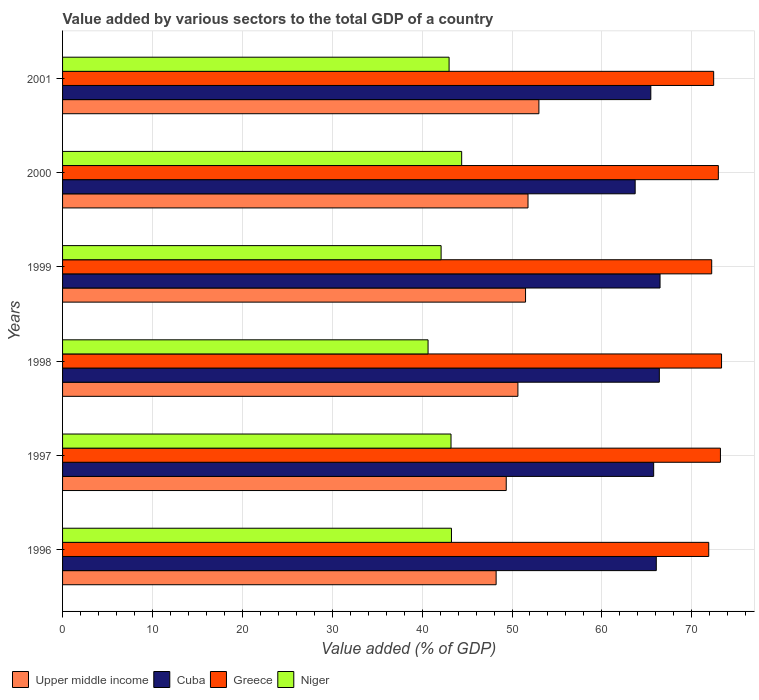
| Years | Upper middle income | Cuba | Greece | Niger |
 | --- | --- | --- | --- | --- |
 | 1996 | 48.2 | 66.1 | 71.9 | 43.3 |
 | 1997 | 49.4 | 65.8 | 73.2 | 43.2 |
 | 1998 | 50.7 | 66.4 | 73.3 | 40.7 |
 | 1999 | 51.5 | 66.5 | 72.2 | 42.1 |
 | 2000 | 51.8 | 63.7 | 73 | 44.4 |
 | 2001 | 53 | 65.4 | 72.4 | 43 |